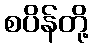
စပိန်တို့